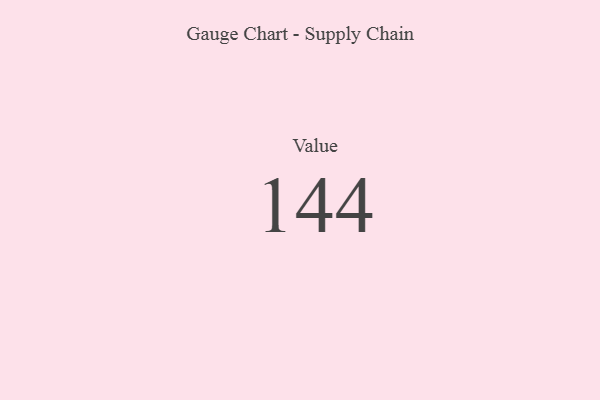
{"axis": {"x": "Metric", "y": "Value"}, "legend": [""], "data": [{"x": "Value", "y": 144, "type": ""}]}